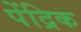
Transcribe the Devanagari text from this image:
पेंद्रिक